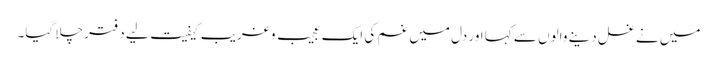
میں نے غسل دینے والوں سے کہا اور دل میں غم کی ایک عجیب و غریب کیفیت لیے دفتر چلا گیا۔